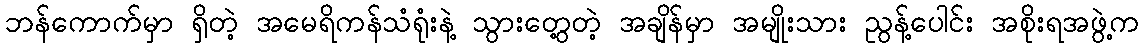
ဘန်ကောက်မှာ ရှိတဲ့ အမေရိကန်သံရုံးနဲ့ သွားတွေ့တဲ့ အချိန်မှာ အမျိုးသား ညွန့်ပေါင်း အစိုးရအဖွဲ့က